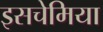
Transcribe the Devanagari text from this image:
इसचेमिया